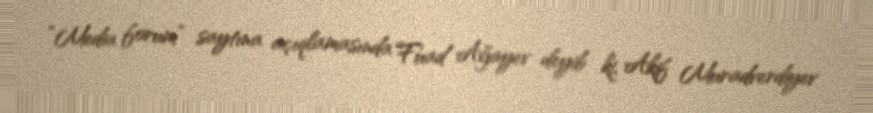
“Media forum” saytına açıqlamasında Fuad Ağayev deyib ki, Akif Muradverdiyev